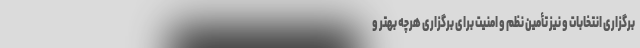
برگزاری انتخابات و نیز تأمین نظم و امنیت برای برگزاری هرچه بهتر و